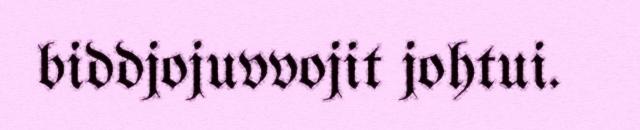
biddjojuvvojit johtui.